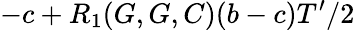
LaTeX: -c+R_{1}(G,G,C)(b-c)T^{\prime}/2